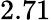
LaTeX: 2.71